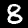
Label: 8